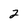
Character: 2